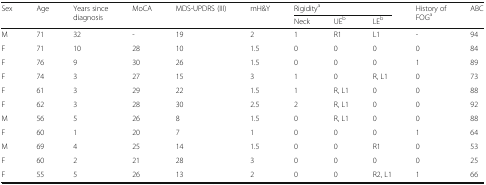
<table><thead><tr><td rowspan="2"><b>Sex</b></td><td rowspan="2"><b>Age</b></td><td rowspan="2"><b>Years since diagnosis</b></td><td rowspan="2"><b>MoCA</b></td><td rowspan="2"><b>MDS-UPDRS (III)</b></td><td rowspan="2"><b>mH&amp;Y</b></td><td colspan="3"><b>Rigidity<sup>a</sup></b></td><td rowspan="2"><b>History of FOG<sup>a</sup></b></td><td rowspan="2"><b>ABC</b></td></tr><tr><td><b>Neck</b></td><td><b>UE<sup>b</sup></b></td><td><b>LE<sup>b</sup></b></td></tr></thead><tbody><tr><td>M</td><td>71</td><td>32</td><td>-</td><td>19</td><td>2</td><td>1</td><td>R1</td><td>L1</td><td>-</td><td>94</td></tr><tr><td>F</td><td>71</td><td>10</td><td>28</td><td>10</td><td>1.5</td><td>0</td><td>0</td><td>0</td><td>0</td><td>84</td></tr><tr><td>F</td><td>76</td><td>9</td><td>30</td><td>26</td><td>1.5</td><td>0</td><td>0</td><td>0</td><td>1</td><td>89</td></tr><tr><td>F</td><td>74</td><td>3</td><td>27</td><td>15</td><td>3</td><td>1</td><td>0</td><td>R, L1</td><td>0</td><td>73</td></tr><tr><td>F</td><td>61</td><td>3</td><td>29</td><td>22</td><td>1.5</td><td>1</td><td>R, L1</td><td>0</td><td>0</td><td>88</td></tr><tr><td>F</td><td>62</td><td>3</td><td>28</td><td>30</td><td>2.5</td><td>2</td><td>R, L1</td><td>0</td><td>0</td><td>92</td></tr><tr><td>M</td><td>56</td><td>5</td><td>26</td><td>8</td><td>1.5</td><td>0</td><td>R, L1</td><td>0</td><td>0</td><td>88</td></tr><tr><td>F</td><td>60</td><td>1</td><td>20</td><td>7</td><td>1</td><td>0</td><td>0</td><td>0</td><td>1</td><td>64</td></tr><tr><td>M</td><td>69</td><td>4</td><td>25</td><td>14</td><td>1.5</td><td>0</td><td>0</td><td>R1</td><td>0</td><td>53</td></tr><tr><td>F</td><td>60</td><td>2</td><td>21</td><td>28</td><td>3</td><td>0</td><td>0</td><td>0</td><td>0</td><td>25</td></tr><tr><td>F</td><td>55</td><td>5</td><td>26</td><td>13</td><td>2</td><td>0</td><td>0</td><td>R2, L1</td><td>1</td><td>66</td></tr></tbody></table>